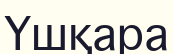
Үшқара